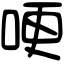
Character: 哽